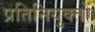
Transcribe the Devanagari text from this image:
प्रतिनियुक्तों